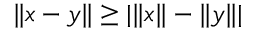
\| x - y \| \geq | \| x \| - \| y \| |